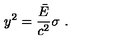
y ^ { 2 } = { \frac { \bar { E } } { c ^ { 2 } } } \sigma \ .